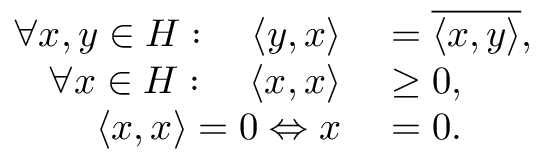
\begin{array} { r l } { \forall x , y \in H : \quad \langle y , x \rangle } & { { } = { \overline { { \langle x , y \rangle } } } , } \\ { \forall x \in H : \quad \langle x , x \rangle } & { { } \geq 0 , } \\ { \langle x , x \rangle = 0 \Leftrightarrow x } & { { } = 0 . } \end{array}